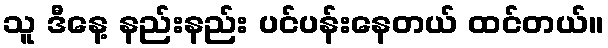
သူ ဒီနေ့ နည်းနည်း ပင်ပန်းနေတယ် ထင်တယ်။